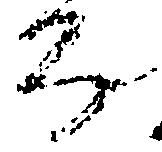
房